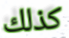
كذلك